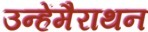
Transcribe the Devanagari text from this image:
उन्हेंमैराथन